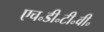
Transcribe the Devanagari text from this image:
एच॰डी॰टी॰वी॰